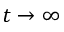
t \to \infty